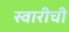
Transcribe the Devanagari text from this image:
स्वारीची